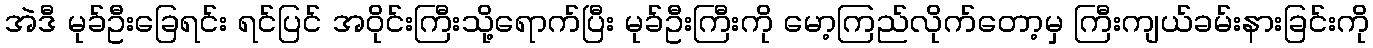
အဲဒီ မုခ်ဦးခြေရင်း ရင်ပြင် အဝိုင်းကြီးသို့ရောက်ပြီး မုခ်ဦးကြီးကို မော့ကြည်လိုက်တော့မှ ကြီးကျယ်ခမ်းနားခြင်းကို